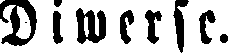
Diwerse.